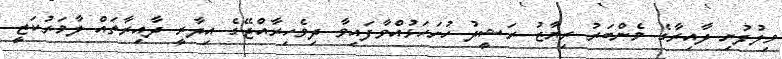
ވިލުފުށި ދާއިރާގެ މެންބަރު ރިޔާޒު ރަޝީދު ހުށަހަޅުއްވާފައިވާ ދިވެހިރާއްޖޭގެ އިދާރީ ދާއިރާތައް ލާމަރުކަޒީ